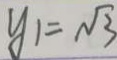
y _ { 1 } = \sqrt { 3 }